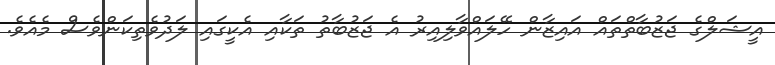
އީޝަލްގެ ޖަޒުބާތްތައް އައިޒާން ހޭލައްވާލިއިރު އެ ޖަޒުބާތު ތަކާއި އެކީގައި ލަދުވެތިކަންވެސް މެއެވެ.